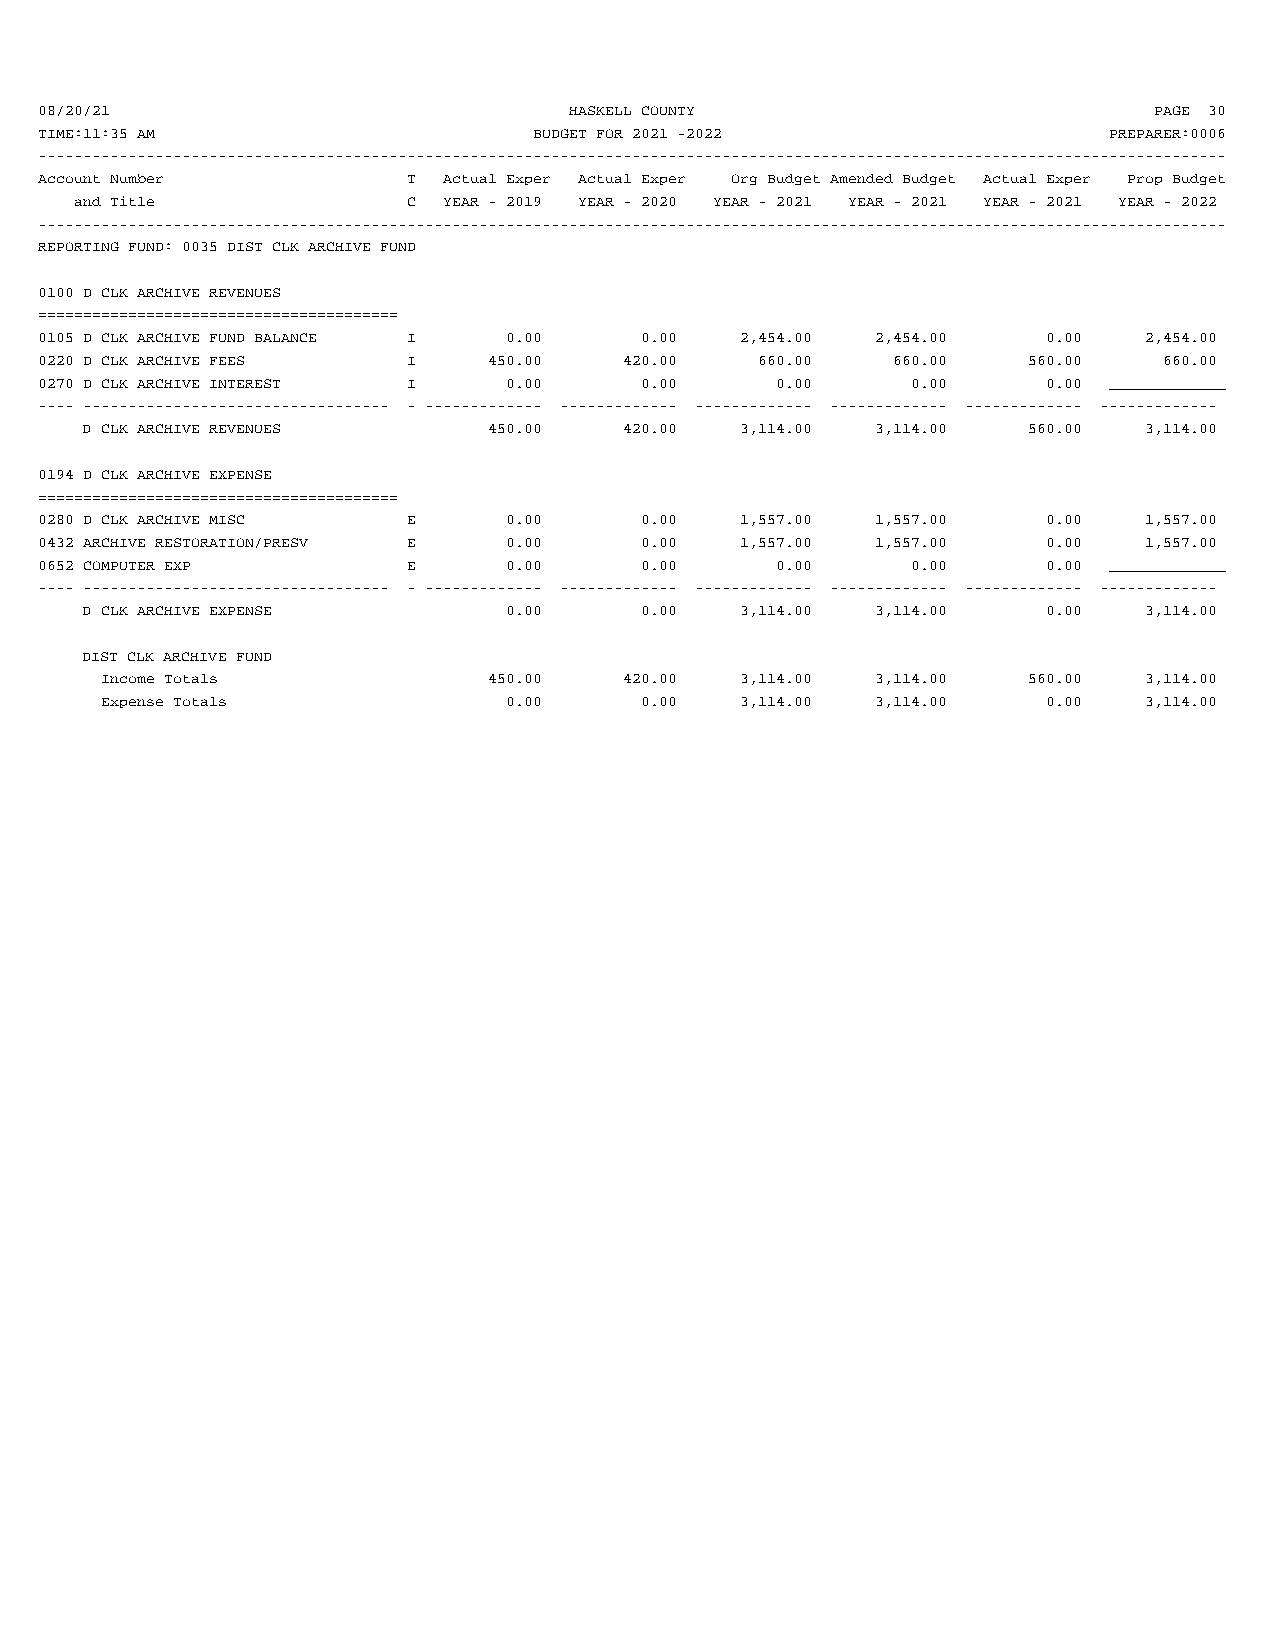
08/20/21                            HASKELL COUNTY                        PAGE 30
 TIME:11:35 AM                    BUDGET FOR 2021 -2022                 PREPARER:0006
 ------------------------------------------------------------------------------------------------------------------------------------
 Account Number           T Actual Exper Actual Exper Org Budget Amended Budget Actual Exper Prop Budget
 and Title             C YEAR - 2019 YEAR - 2020 YEAR - 2021 YEAR - 2021 YEAR - 2021 YEAR - 2022
 ------------------------------------------------------------------------------------------------------------------------------------
 REPORTING FUND: 0035 DIST CLK ARCHIVE FUND
 0100 D CLK ARCHIVE REVENUES
 ========================================
 0105 D CLK ARCHIVE FUND BALANCE I 0.00  0.00   2,454.00 2,454.00   0.00   2,454.00
 0220 D CLK ARCHIVE FEES  I    450.00   420.00   660.00   660.00   560.00   660.00
 0270 D CLK ARCHIVE INTEREST I  0.00     0.00     0.00     0.00     0.00 _____________
 ---- ---------------------------------- - ------------- ------------- ------------- ------------- ------------- -------------
 D CLK ARCHIVE REVENUES     450.00   420.00  3,114.00 3,114.00  560.00  3,114.00
 0194 D CLK ARCHIVE EXPENSE
 ========================================
 0280 D CLK ARCHIVE MISC  E     0.00     0.00   1,557.00 1,557.00   0.00   1,557.00
 0432 ARCHIVE RESTORATION/PRESV E 0.00   0.00   1,557.00 1,557.00   0.00   1,557.00
 0652 COMPUTER EXP        E     0.00     0.00     0.00     0.00     0.00 _____________
 ---- ---------------------------------- - ------------- ------------- ------------- ------------- ------------- -------------
 D CLK ARCHIVE EXPENSE       0.00     0.00   3,114.00 3,114.00   0.00   3,114.00
 DIST CLK ARCHIVE FUND
 Income Totals            450.00   420.00  3,114.00 3,114.00  560.00  3,114.00
 Expense Totals            0.00     0.00   3,114.00 3,114.00   0.00   3,114.00